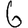
Digit: 6